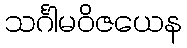
သင်္ဂါမဝိဇယေန